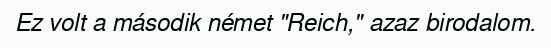
Ez volt a második német "Reich," azaz birodalom.